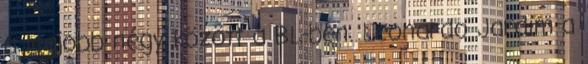
a legjobb négy között a BL-ben. Leonardo Jardim a